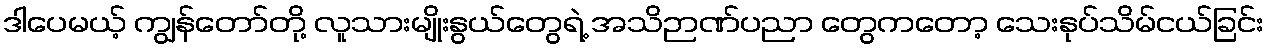
ဒါပေမယ့် ကျွန်တော်တို့ လူသားမျိုးနွယ်တွေရဲ့ အသိဉာဏ်ပညာ တွေကတော့ သေးနုပ်သိမ်ငယ်ခြင်း